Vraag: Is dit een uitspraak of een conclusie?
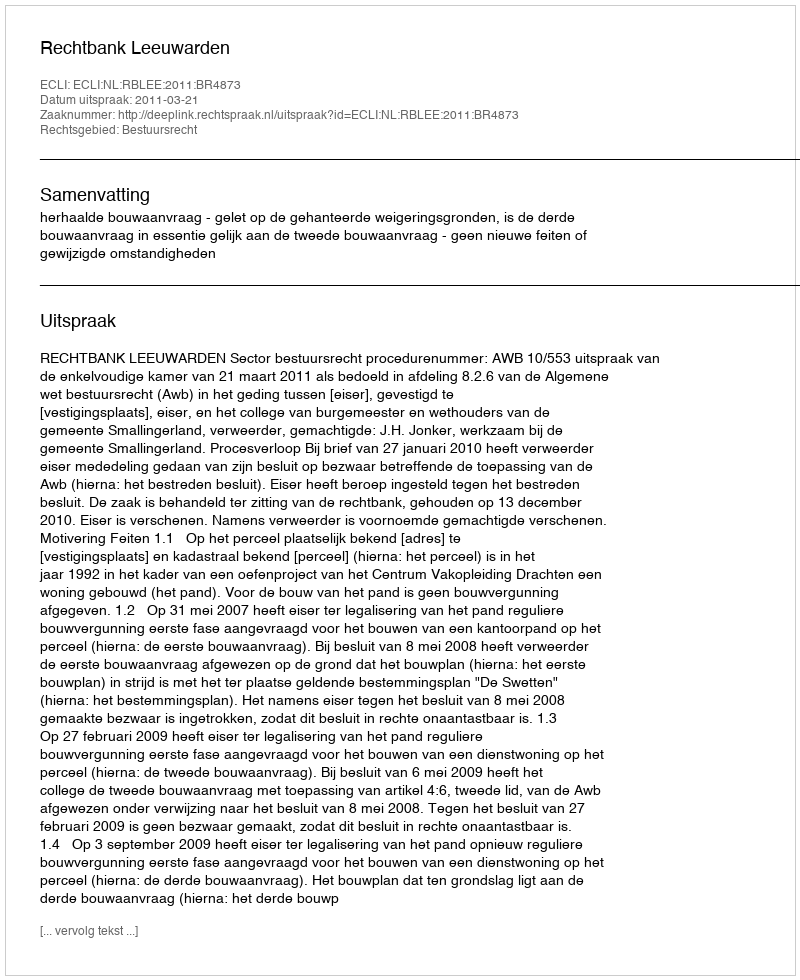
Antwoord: Uitspraak